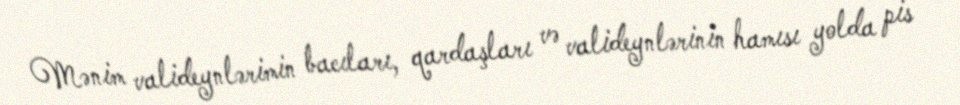
Mənim valideynlərimin bacıları, qardaşları və valideynlərinin hamısı yolda pis